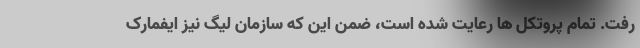
رفت. تمام پروتکل ها رعایت شده است، ضمن این که سازمان لیگ نیز ایفمارک